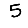
Digit: 5